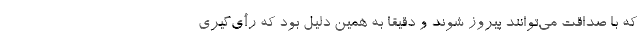
که با صداقت می‌توانند پیروز شوند و دقیقا به همین دلیل بود که رأی‌گیری